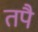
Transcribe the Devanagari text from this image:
तपै